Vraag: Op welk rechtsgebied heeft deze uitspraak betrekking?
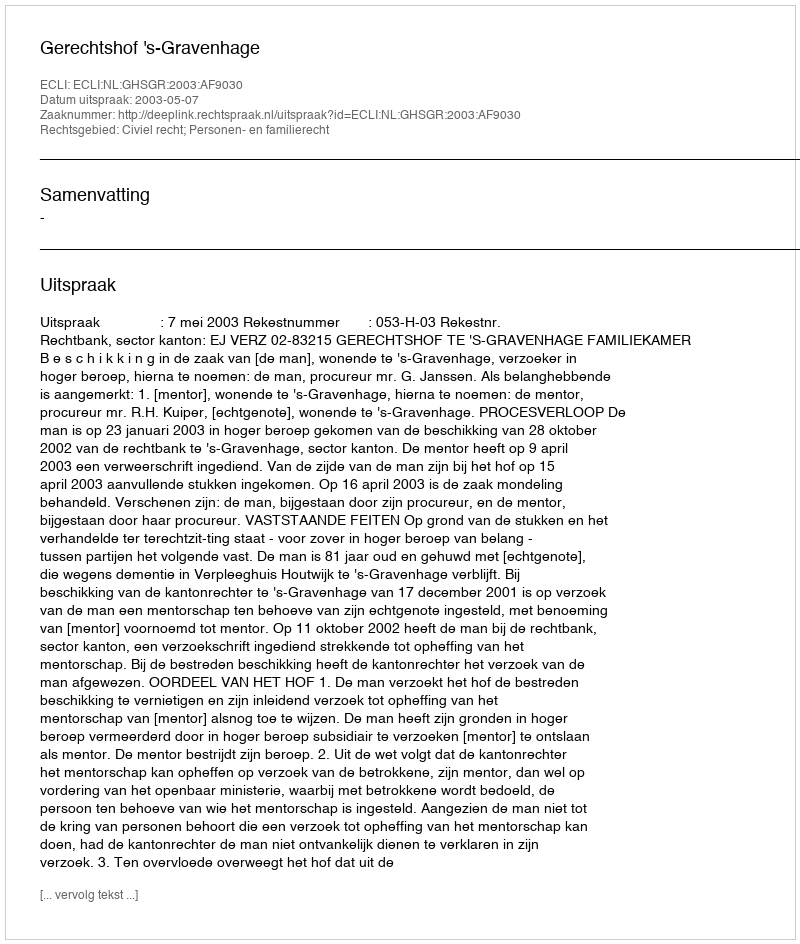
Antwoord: Civiel recht; Personen- en familierecht